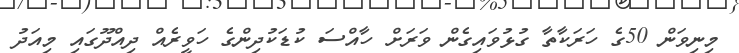
މިނިވަން 50ގެ ހަރަކާތާ ގުޅުވައިގެން ވަރަށް ހާއްސަ ކުޑަކުދިންގެ ހަވީރެއް ދިއްދޫގައި މިއަދު